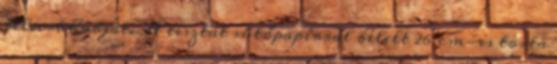
felvert habját. A tésztát sütőpapírral bélelt 26 cm-es torta